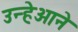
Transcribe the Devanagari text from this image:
उन्हेओने